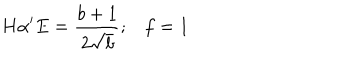
LaTeX: H \alpha ^ { \prime } E = \frac { b + 1 } { 2 \sqrt { b } } ; f = 1